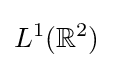
L^{1}(\mathbb {R} ^{2})